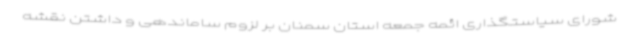
شورای سیاستگذاری ائمه جمعه استان سمنان بر لزوم ساماندهی و داشتن نقشه